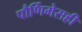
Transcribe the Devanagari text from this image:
पौर्णिमेसही